Calcutta medical institutions reports 1892-1900
Year: 1892
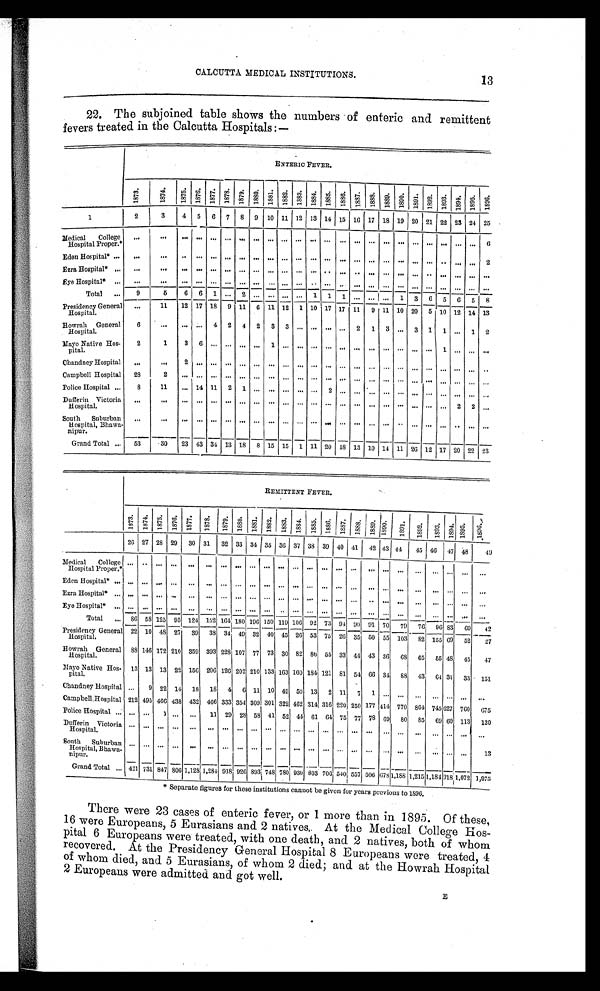
CALCUTTA MEDICAL INSTITUTIONS.
13
22. The subjoined table shows the numbers of enteric and remittent
fevers treated in the Calcutta Hospitals:—
ENTERIC FEVER.
1 8 7 3 .
1 8 7 4 . 1875. 1876. 1877. 1878. 1879. 1880. 1881. 1882. 1883. 1884. 1885. 1886. 1887. 1888. 1889. 1890. 1891. 1892. 1893. 1894. 1 8 9 5 . 1896.
1
2
3
4 5 6 7 8 9 10 11 1 12 13 14 15 16 17 18 1920
2 1
22 23 23 24 25 •
Medical College
Hospital Proper.*
6
6
Eden Hospital*
2
Ezra Hospital*
...
Eye Hospital*
Total
9
5
6 6 1
2
1 1 1
1 3 6 5 6 5 8
Presidency Genral
Hospital.
11 12 17 18 9 11 6 11 12 1 10 17 17 11 9 11 10 20 5 10 12 14 13
Howrah General
6
4 2 4 2 3 3
2 1 3
3 1 1
1 2
Hospital,
Mayo Native Hos-
2
1
3 6
1
1
pital.
Chandney Hospital
2
Campbell Hospital 28
2
Police Hospital
8
11
14 11 2 1
2
Du fferin Victoria
Hospital.
2
2
South Suburban
Hospital, Bhawa-
nipur.
Grand Total ... 53
30 23 43 34 13 18 8 15 15 1 11 20 18 13 10 14 11 26 12 17 20 22 23
REMITTENT FEVER.
1873. 1874. 1875. 1 8 7 6 . 1877. 1878. 1879. 1880. 1881. 1882. 1883. 1884. 1885. 1 8 8 8 6 . 1887 1888. 18889. 1890. 1891. 1892. 1893. 1894.
1895.
1896.
26 27 28
2 9 30
3 1 32 3 3 34 35 36 37
3 8
39 40 41 42 43 44 45 46 47 48
4 9
Medical College
Hospital Proper.*
Eden Hospital* ...
Total
86 58 125 95 124 152 164 180 196 150 119 106 92 73 94 90 91 70 79 76 96 8 3 69 4 2
Presidency General
Hospital.
22 10 48 27 39 38 34 49 32 40 45 26 53 75 26 35 50 55 103 82 155 69 52 27
Howrah General
Hospital.
88 146 172 210 359 393 228 107 77 73 30 82 86 55 33 44 43 36 68 65 55 48 45 47
Mayo Native Hos-
pital.
13 13 13 22 156 206 126 202 210 133 163 160 18 4 121 81 54 66 34 88 43
6 4 31 33 151
Chandney Hospital
9 22 14 18 18 4 6 11 10 49 50 13 2 11 7 1
Campbell Hospital 212 495 466 438 432 466 333 354 309 301 322 462 314 316 220 250 177 414 770 861 745 627 760 675
Police Hospital
1
11 29 28 58 41 52 44 61 61 75 77 78 69 80 85 69 60 113 120
Hospital.
South Suburban
Hospital, Bhawa-
nipur.
13
Grand Total .., 421 731 847 806 1,12 1,281 918 926 893 748 780 930 803 706 540 557 506 670 1,188 1,215 1,181 918 1,072 1,075
*Separate figures for these institutions cannot be given for years previous to 1896.
There were 23 cases of enteric fever, or 1 more than in 1895. Of these,
16 were Europeans, 5 Eurasians and 2 natives. At the Medical College Hos-
- p i t a l 6 E u r o p e a n s w e r e t r e a t e d , w i t h o n e d e a t h , a n d 2 n a t i v e s , b o t h o f w h o m
recovered. At the Presidency General Hospital 8 Europeans were treated, 4
of whom died, and 5 Eurasians, of whom 2 died; and at the Howrah Hospital
2 Europeans were admitted and got well. E